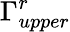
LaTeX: \Gamma_{upper}^{r}